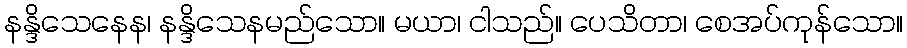
နန္ဒိသေနေန၊ နန္ဒိသေနမည်သော။ မယာ၊ ငါသည်။ ပေသိတာ၊ စေအပ်ကုန်သော။